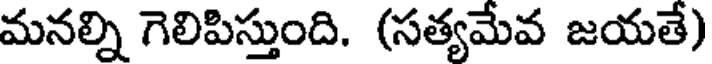
మనల్ని గెలిపిస్తుంది. (సత్యమేవ జయతే)